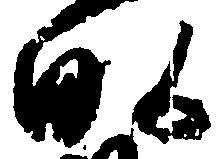
畝